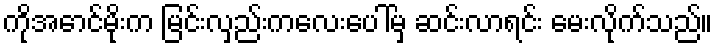
ကိုအောင်မိုးက မြင်းလှည်းကလေးပေါ်မှ ဆင်းလာရင်း မေးလိုက်သည်။